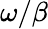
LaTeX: \omega/\beta